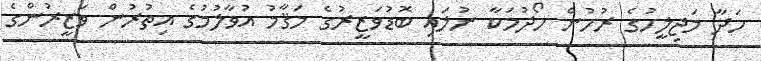
ހަދާ މަޖިލީހުގެ ރުހުން ހޯދުމަކާ ނުލައި ބޮޑުވަޒީރުގެ މަޤާމު އުވާލުމުގެ އިތުރުން ވަޒީރުންގެ